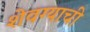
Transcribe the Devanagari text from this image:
शेवग्याची